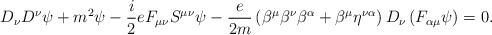
\begin{align*}D_{\nu }D^{\nu }\psi +m^{2}\psi -\frac{i}{2}eF_{\mu \nu }S^{\mu }{}^{\nu}\psi -\frac{e}{2m}\left( \beta ^{\mu }\beta ^{\nu }\beta ^{\alpha }+\beta^{\mu }\eta ^{\nu \alpha }\right) D_{\nu }\left( F_{\alpha \mu }\psi \right)=0. \end{align*}